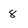
Character: 8